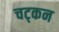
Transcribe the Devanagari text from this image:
चट्कन